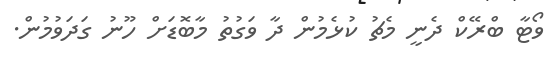
ވޯޓާ ބްރޭކް ދެނީ މެޗު ކުޅެމުން ދާ ވަގުތު މާބޮޑަށް ހޫނު ގަދަވުމުން.